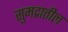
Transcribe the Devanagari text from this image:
सुमद्रातील